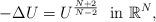
LaTeX: \begin{align*}-\Delta U= U^{N+2\over N-2}\ \hbox{ in }\mathbb{R}^N,\end{align*}